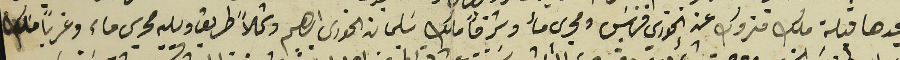
بيحدها قبلة ملك متروك عن الخوري فرنسَيس ومجرى مأ وشرقاً ملك سَليمان الخوري ابرهيم وشمالاً طريق ويليه مجرى ماء وغرباً مَلك